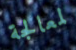
لمعالجة